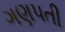
ગણપતી